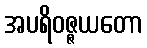
အပရိဝဇ္ဇယတော